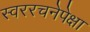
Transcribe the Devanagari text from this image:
स्वररचनेपेक्षा